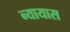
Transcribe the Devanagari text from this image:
न्यायास